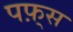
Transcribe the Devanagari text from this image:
पफ़्स